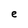
Character: e